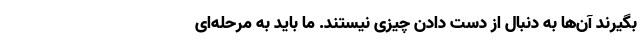
بگیرند آن‌ها به دنبال از دست دادن چیزی نیستند. ما باید به مرحله‌ای